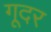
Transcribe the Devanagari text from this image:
गूदर